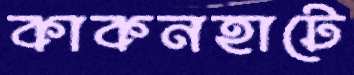
কাকনহাটে